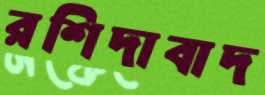
রশিদাবাদ